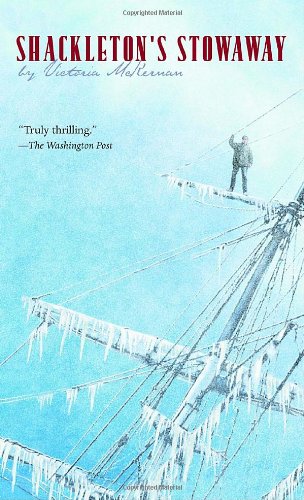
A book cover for Shackleton's Stowaway; Victoria McKernan; Teen & Young Adult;